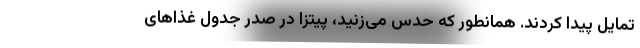
تمایل پیدا کردند. همانطور که حدس می‌زنید، پیتزا در صدر جدول غذاهای